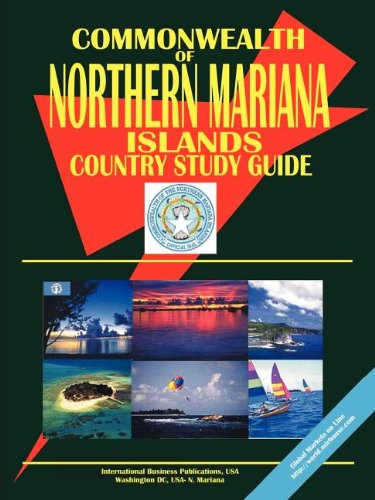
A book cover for Northern Mariana Islands Country Study Guide (World Country Study Guide Library); Travel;